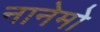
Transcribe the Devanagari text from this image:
नानेमो